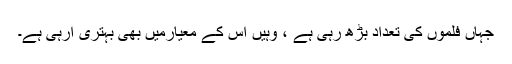
جہاں فلموں کی تعداد بڑھ رہی ہے ، وہیں اس کے معیارمیں بھی بہتری آرہی ہے۔